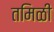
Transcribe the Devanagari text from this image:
तमिळी